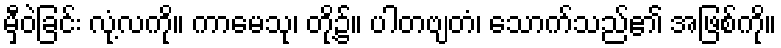
မှီဝဲခြင်း လုံ့လကို။ ကာမေသု၊ တို့၌။ ပါတဗျတံ၊ သောက်သည်၏ အဖြစ်ကို။